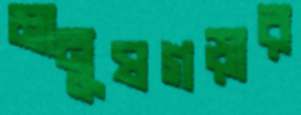
মানুষগড়ার